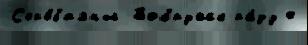
С'ер'е́бр'яный Бобруйск ра́зу 4